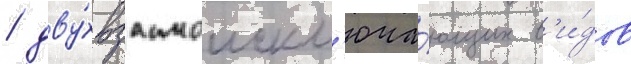
/ дву́х взаимоискл'юча́ющих в'и́дов